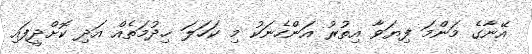
އޭނާގެ މަންމަ ފިޔަވާ އިތުރު އަންހެނަކު މި ކަހަލަ ޚިދުމަތެއް އަދި ކޮށްދީފައި